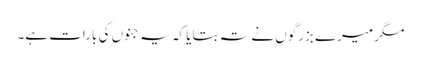
مگر میرے بزرگوں نے تہ بتایا کہ یہ جنوں کی بارات ہے۔